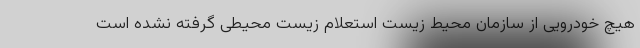
هیچ خودرویی از سازمان محیط زیست استعلام زیست محیطی گرفته نشده است